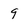
Character: 9